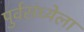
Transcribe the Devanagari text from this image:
पुर्वसंध्येला